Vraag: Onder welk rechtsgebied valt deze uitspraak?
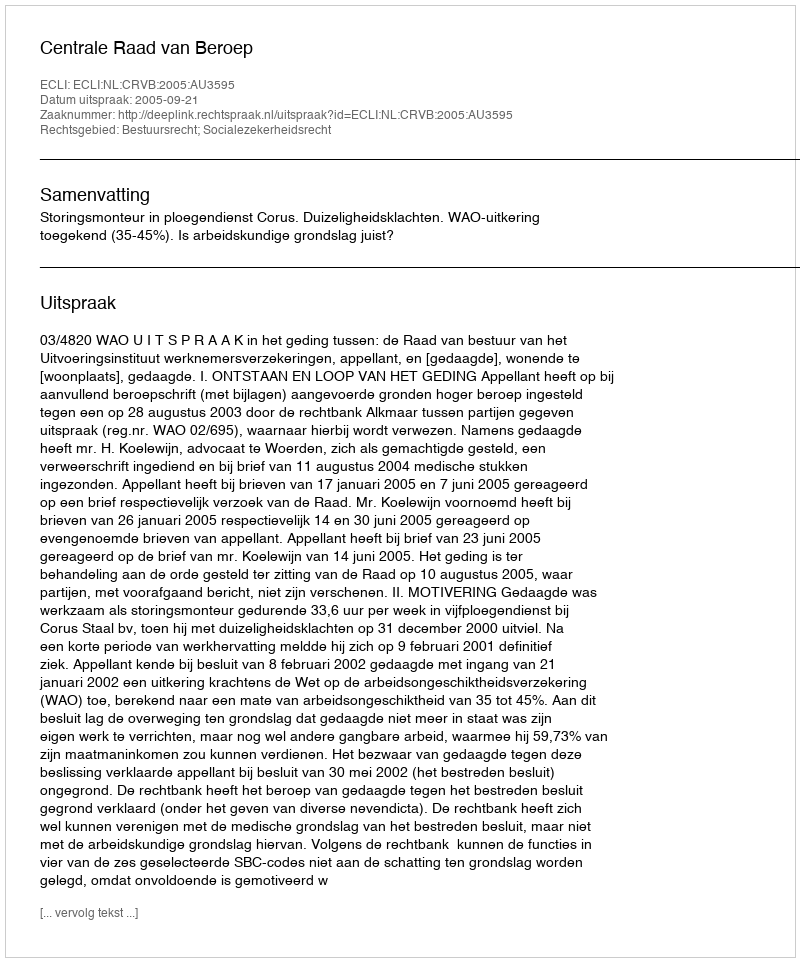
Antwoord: Bestuursrecht; Socialezekerheidsrecht